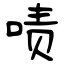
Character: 啧